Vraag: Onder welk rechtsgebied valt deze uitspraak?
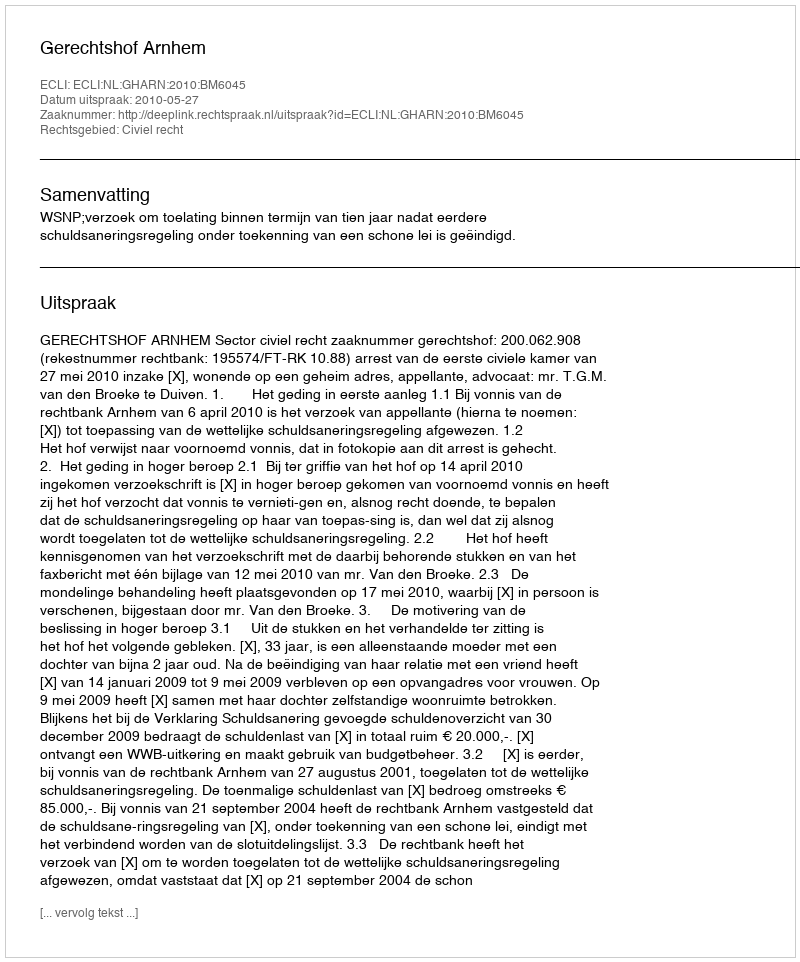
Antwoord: Civiel recht